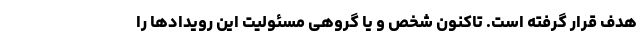
هدف قرار گرفته است. تاکنون شخص و یا گروهی مسئولیت این رویدادها را